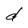
Character: d